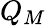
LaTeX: Q_{M}